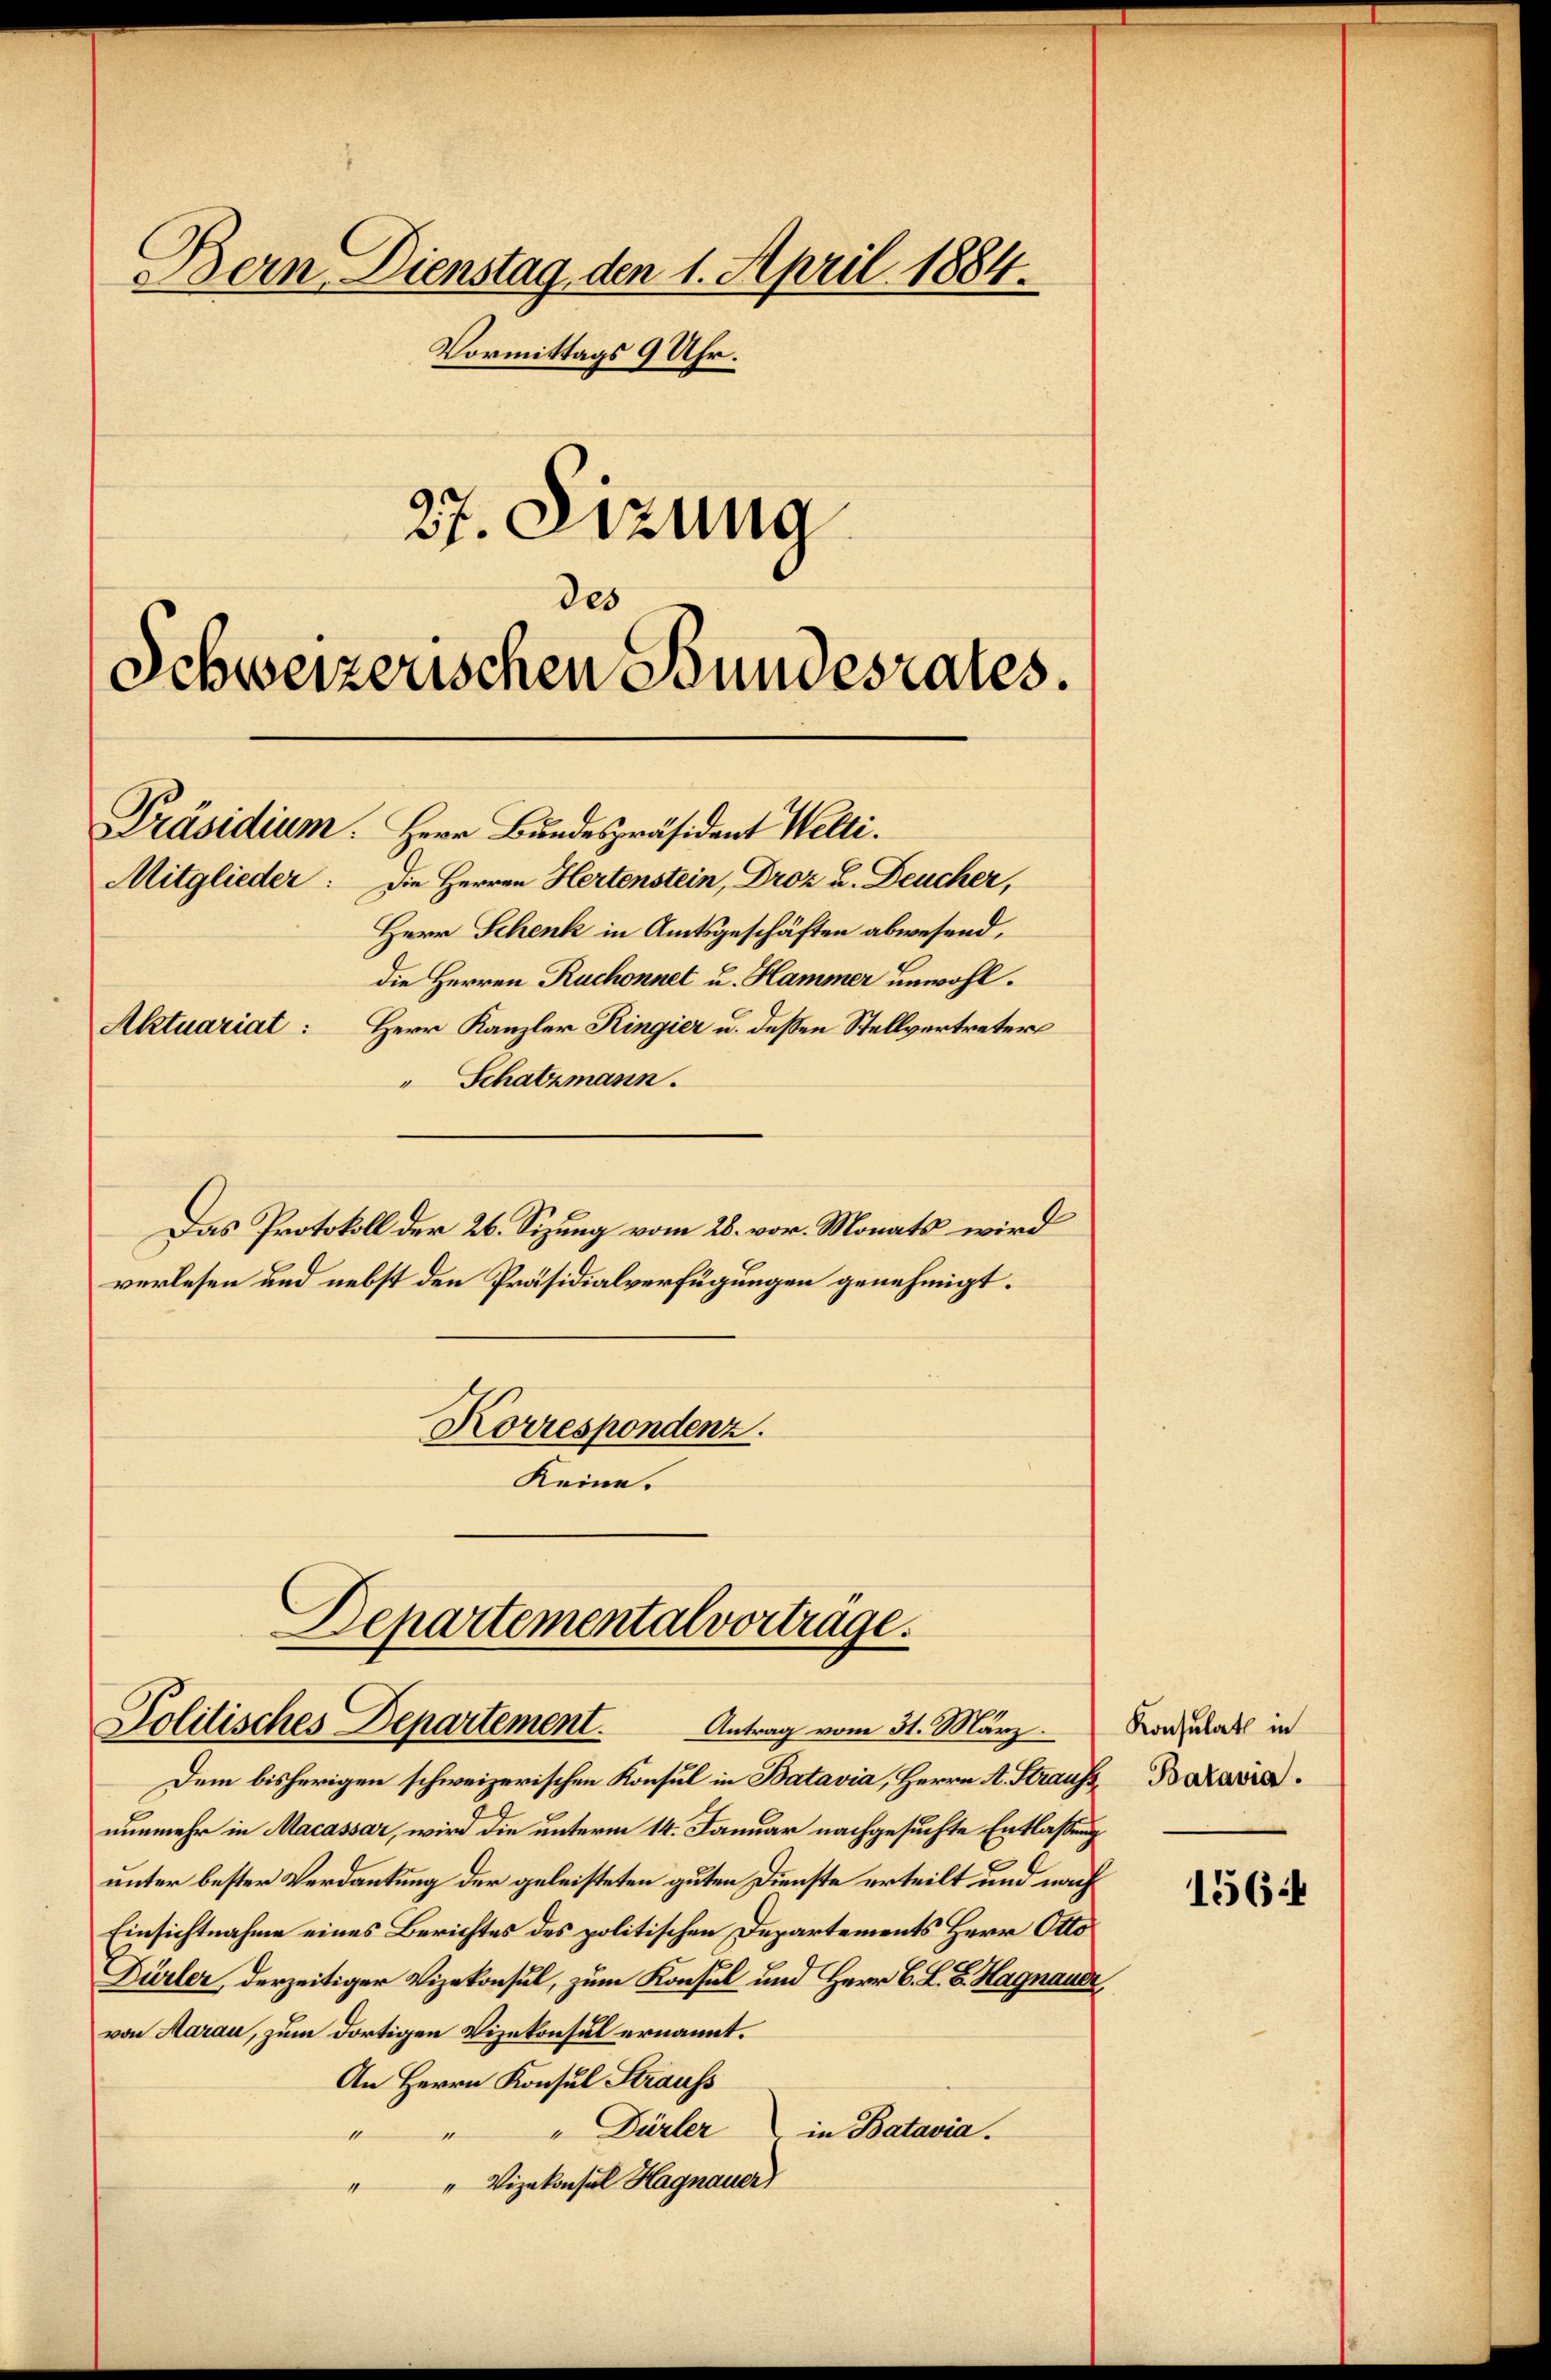
Herr Schenk in Amtsgeschäften abwesend,
die Herren Ruchonnet u. Hammer unwohl.
Herr Kanzler Ringier u. dessen Stellvertreters
" Schatzmann.
Das Protokoll der 26. Sizung vom 28. vor. Monats wird
verlesen und nebst den Präsidialverfügungen genehmigt.
Korrespondenz.

des

Bern Dienstag, den 1. April 1884.
Vormittags 9 Uhr.
27. Sitzung

Schweizerischen Stundesrates.

Präsidium. Herr Bundespräsident Welti.
Mitglieder: Die Herren Hertenstein, Droz L. Deucher,

Aktuariat:

Departemental vorträge.
Politisches Departement. Antrag vom 31. März

Keine.

Dem bisherigen schweizerischen Konsul in Batavia, Herrn A. Straufs Bazaria
nunmehr in Macassar, wird die unterm 14. Januar nachgesuchte Entlaßung
unter bester Verdankung der geleisteten guten Dienste erteilt und nach
Einsichtnahme eines Berichtes des politischen Departements Herr Otto
Dürler, derzeitiger Vizekonsul, zum Konsul und Herr C. L. B. Hagnauer,
von Marau, zum dortigen Vizekonsul ernannt.
An Herrn Konsul Strauss
" Dürler in Batavia.
“
" Vizekonsul Hagnauer)

Konsulat in

1564